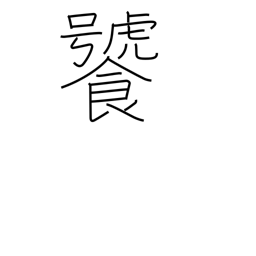
Meaning: be greedy